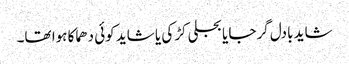
شاید بادل گرجا یا بجلی کڑکی یا شاید کوئی دھماکا ہوا تھا۔